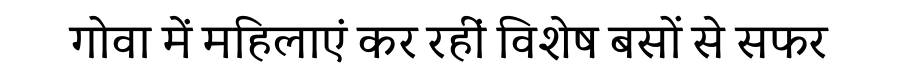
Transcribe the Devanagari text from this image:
गोवा में महिलाएं कर रहीं विशेष बसों से सफर